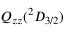
Q _ { z z } ( { ^ 2 D } _ { 3 / 2 } )